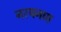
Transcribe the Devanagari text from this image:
नरयनण